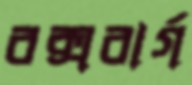
রক্সবার্গ